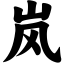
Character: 岚